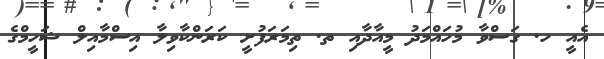
އެއީ ހ. ގަސްވާ މުހައްމަދު މީއާދާއި ތ. ތިމަރަފުށީ ކަރަންކާވިލާ އިސްމާއިލް ޝަހީމްގެ